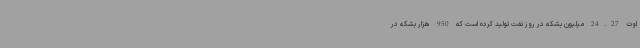
اوت 24.27 میلیون بشکه در روز نفت تولید کرده است که 950 هزار بشکه در